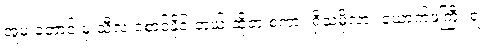
အူမ တောင့် မှ သီလ စောင့်နိုင် တယ် ဆိုတဲ့ စကား ရှိသမို့လား ယောက်ဖကြီး ရ